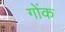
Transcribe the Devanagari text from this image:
गोंक